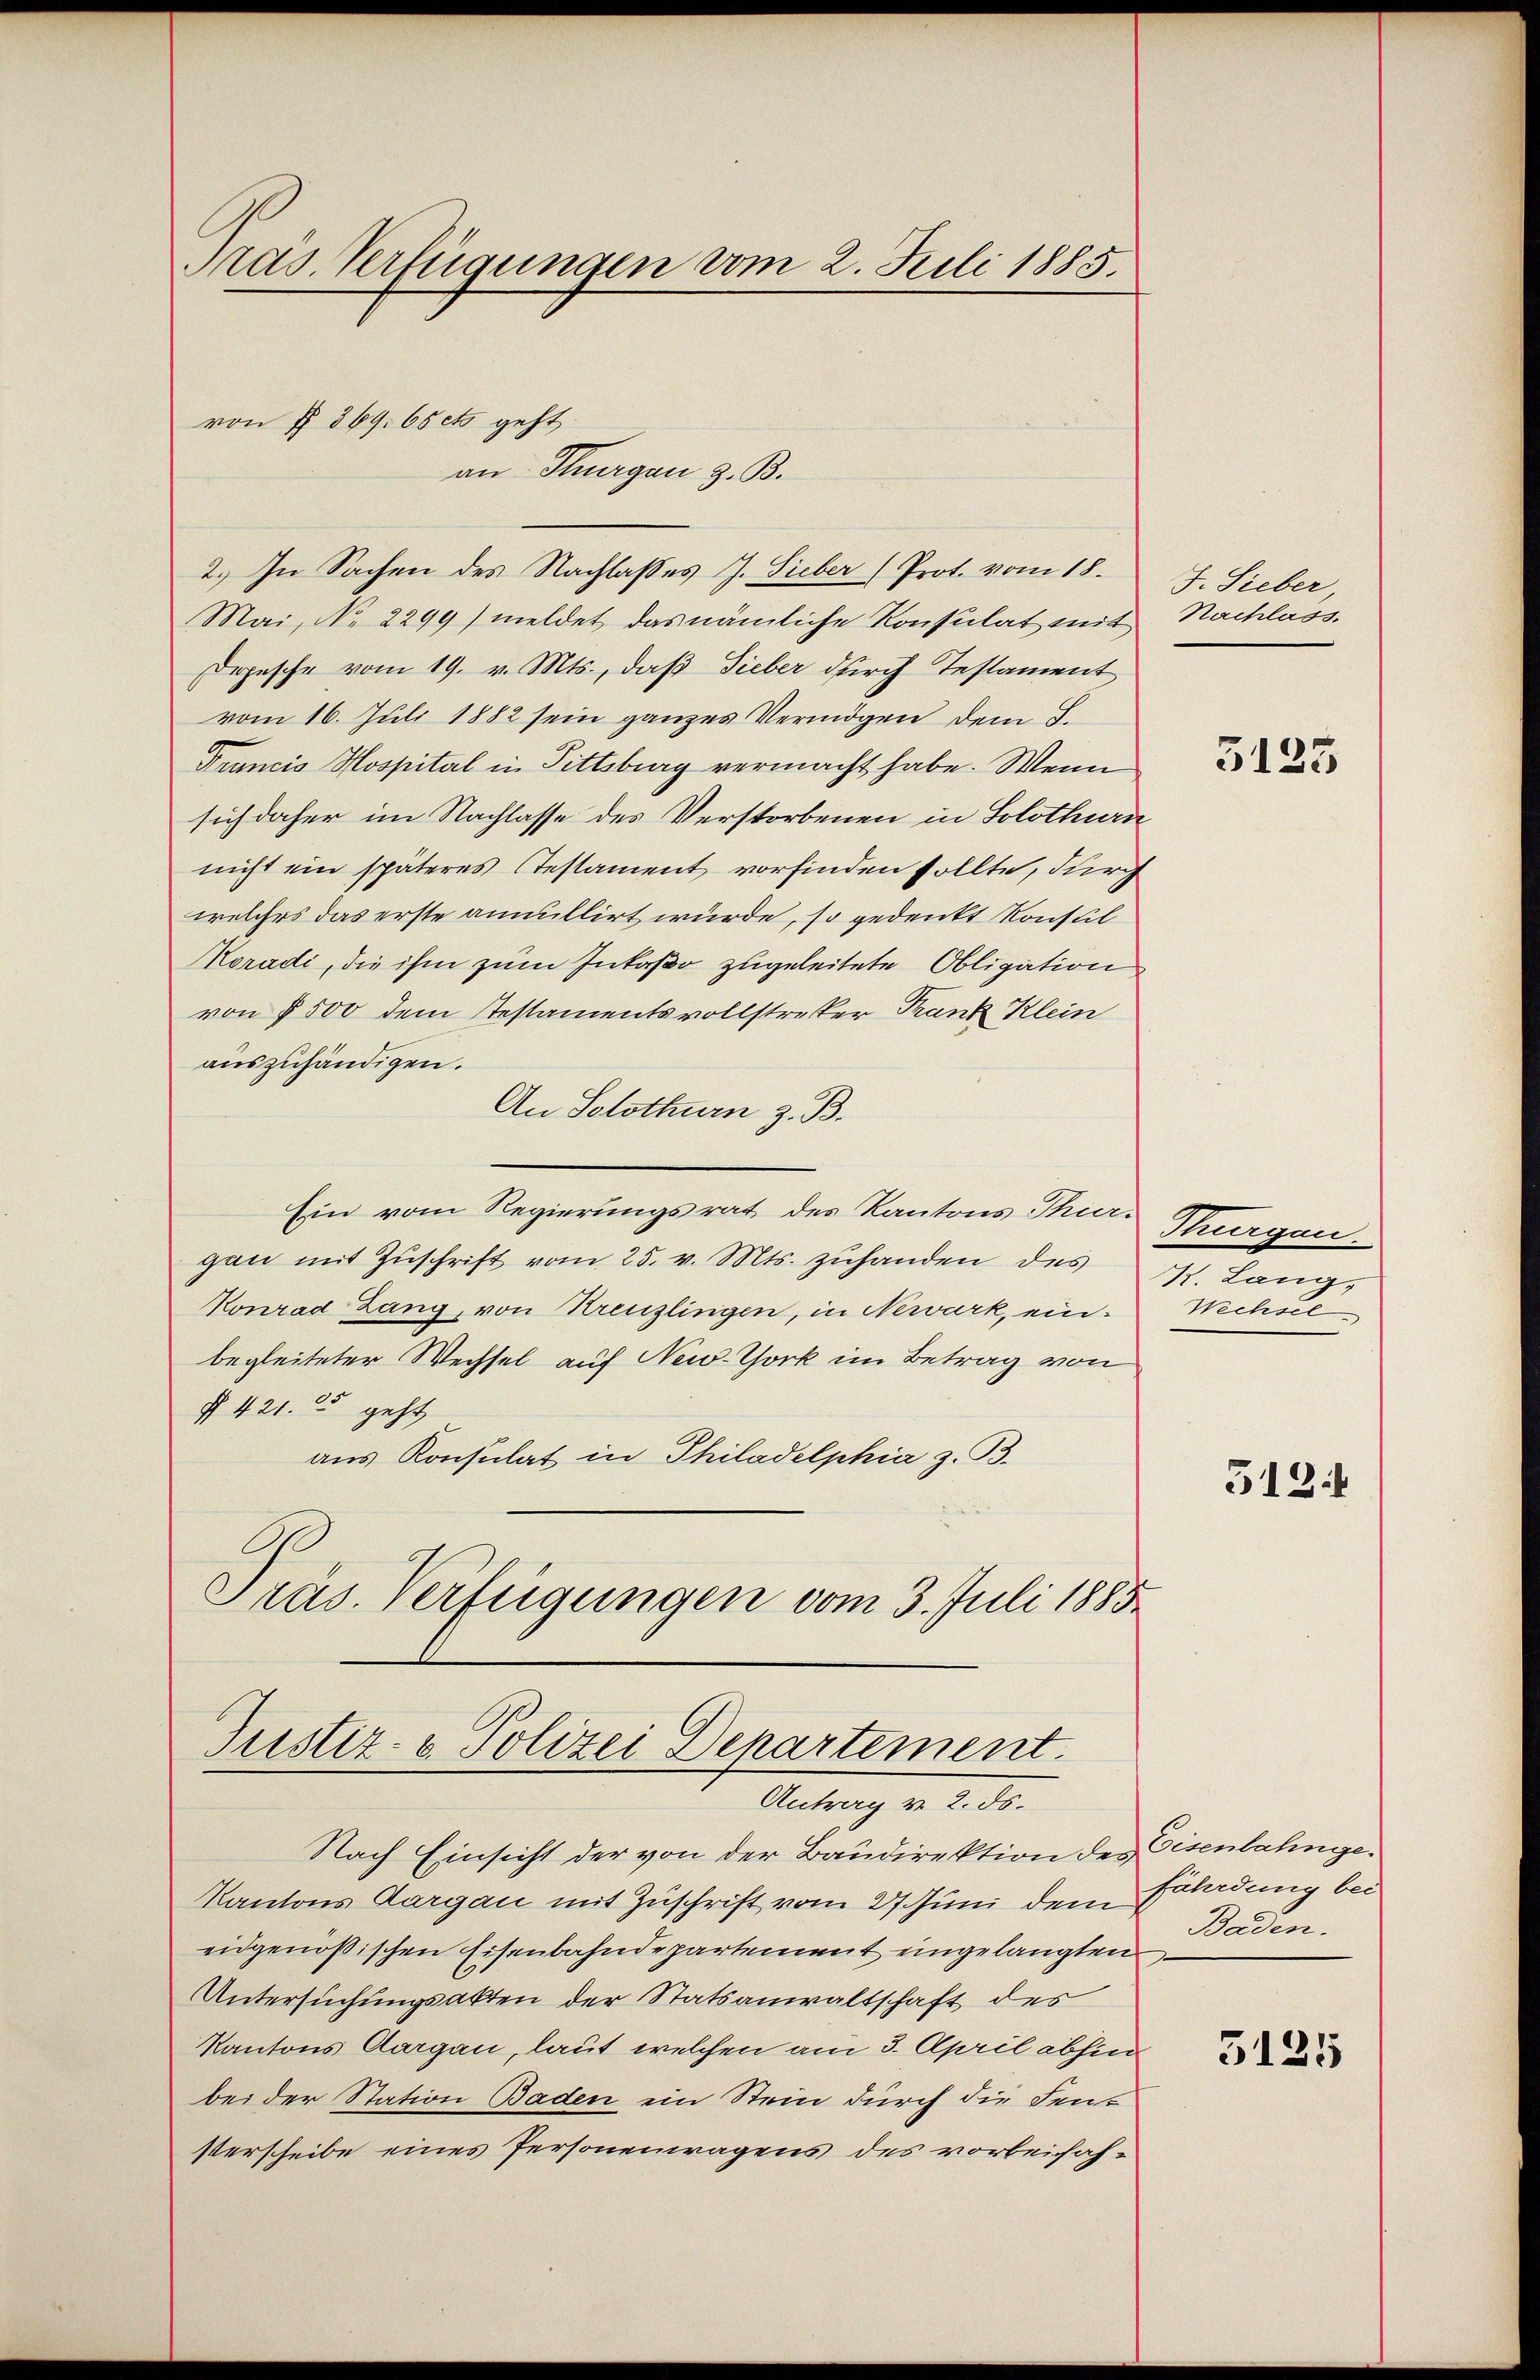
Präs. Verfügungen vom 2. Juli 1885.

2.) In Sachen des Nachlasses J. Sieber (Prot. vom 18.
Mai, No 2299) meldet das nämliche Konsulat mit Nachlass.
Depesche vom 19. v. Mts., daß Sieber durch Testament
vom 16. Juli 1882 sein ganzes Vermögen dem L.
Francis Hospital in Pittsburg vermacht habe. Wenn
sich daher im Nachlasse des Verstorbenen in Solothurn
nicht ein späteres Testament vorfinden sollte, durch
welches das erste annullirt würde, so gedenkt Konsul
Koradi, die ihm zum Inkaßo zugeleitete Obligation
von § 500 dem Testamentsvollstretter Trank Klein
auszuhändigen.
An Solothurn z. B.
Ein vom Regierungsrat des Kantons Thiergan mit Zuschrift vom 25. v. Mts. zuhanden des
Konrad Lang, von Kreuzlingen, in Newark, einbegleiteter Wechsel auf New-York im Betrag von
§ 421. 55 geht
aus Konsulat in Philadelphia z. B.
Präs. Verfügungen vom 3. Juli 1885.

von § 369. 65 cts geht
an Thurgau z. B.

Justiz- & Polizei Departement.
Antrag v. 2. ds.

Nach Einsicht der von der Baudirektion des Eisenbahnge¬
Kantons Aargau mit Zuschrift vom 27 Juni dem Erladung beieidgenößischen Eisenbahndepartement eingelangten
Untersuchungsakten der Statsanwaltschaft des
Kantons Aargau, laut welchen am 3. April abhin
bei der Station Baden ein Stein durch die Fen¬
Verscheibe eines Personenragens des vorbeifah¬

J. Sieber,

5125

Thurgau.
K. Lang,
Wechsel

512.

Baden.

5125